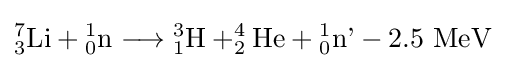
_{3}^{7}{\text{Li}}+{}_{0}^{1}{\text{n}}\longrightarrow {}_{1}^{3}{\text{H}}+_{2}^{4}{\text{He}}+{}_{0}^{1}{\text{n'}}-{\text{2.5 MeV}}